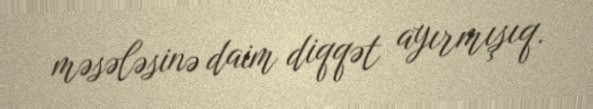
məsələsinə daim diqqət ayırmışıq.